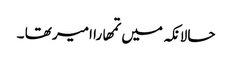
حالانکہ میں تمھارا امیر تھا ۔